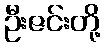
ဦးဇင်းတို့